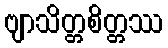
ဗျာသိတ္တစိတ္တဿ